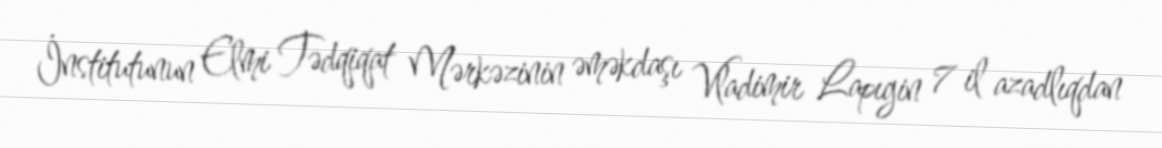
İnstitutunun Elmi Tədqiqat Mərkəzinin əməkdaşı Vladimir Lapıgin 7 il azadlıqdan